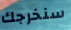
سنخرجك